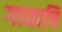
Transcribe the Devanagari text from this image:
गावाचि